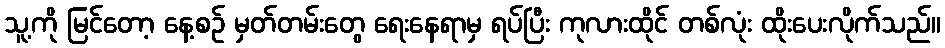
သူ့ကို မြင်တော့ နေ့စဉ် မှတ်တမ်းတွေ ရေးနေရာမှ ရပ်ပြီး ကုလားထိုင် တစ်လုံး ထိုးပေးလိုက်သည်။